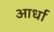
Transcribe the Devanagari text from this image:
आर्धा